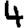
Digit: 4